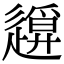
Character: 𨖪